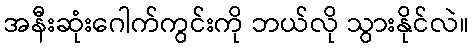
အနီးဆုံးဂေါက်ကွင်းကို ဘယ်လို သွားနိုင်လဲ။